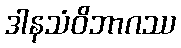
ဒါနသံဝိဘာဂဿ